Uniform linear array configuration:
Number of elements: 4
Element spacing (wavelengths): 1
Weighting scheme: binomial
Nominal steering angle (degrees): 15
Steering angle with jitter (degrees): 13.018
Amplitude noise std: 0.05
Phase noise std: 0.05

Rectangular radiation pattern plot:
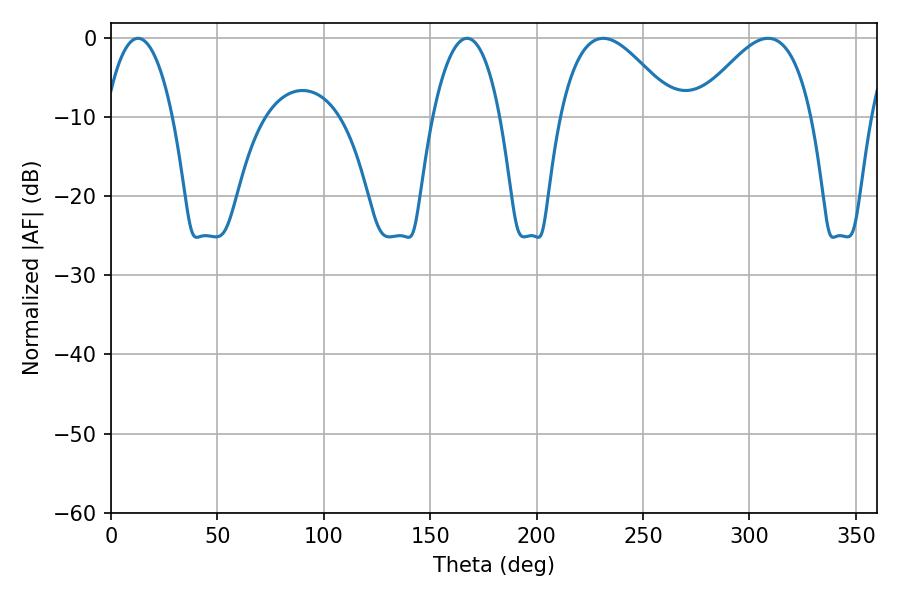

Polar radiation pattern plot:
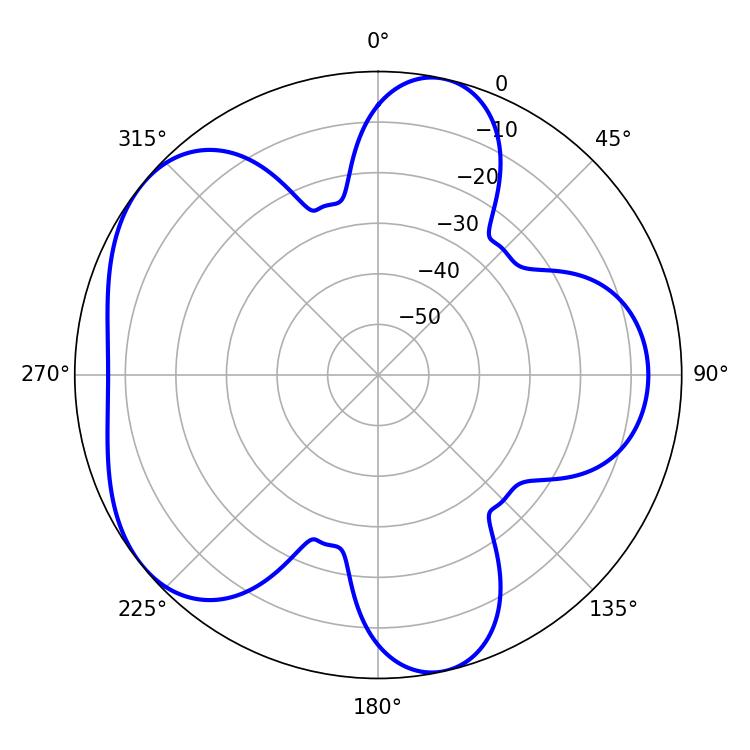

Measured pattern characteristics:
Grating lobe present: TRUE
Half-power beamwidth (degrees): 29.52
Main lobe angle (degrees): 231.3